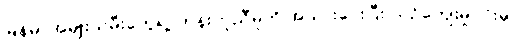
မြန်မာအမျိုးသမီးတွေရဲ့ တန်းတူညီမှုကို အသားပေးပြီး ယဉ်ကျေးမှုပိုင်းမှာ